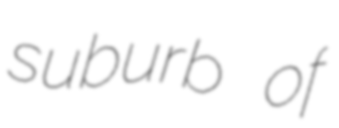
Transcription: suburb of